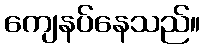
ကျေနပ်နေသည်။